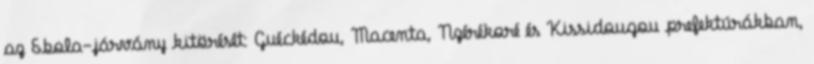
az Ebola-járvány kitörését: Guéckédou, Macenta, Nzérékoré és Kissidougou prefektúrákban,